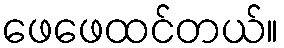
ဖေဖေထင်တယ်။